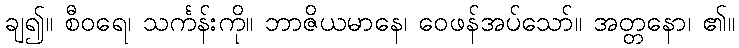
ချ၍။ စီဝရေ၊ သင်္ကန်းကို။ ဘာဇိယမာနေ၊ ဝေဖန်အပ်သော်။ အတ္တနော၊ ၏။